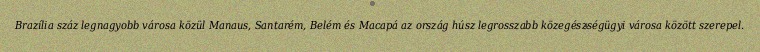
Brazília száz legnagyobb városa közül Manaus, Santarém, Belém és Macapá az ország húsz legrosszabb közegészségügyi városa között szerepel.